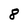
Character: 8